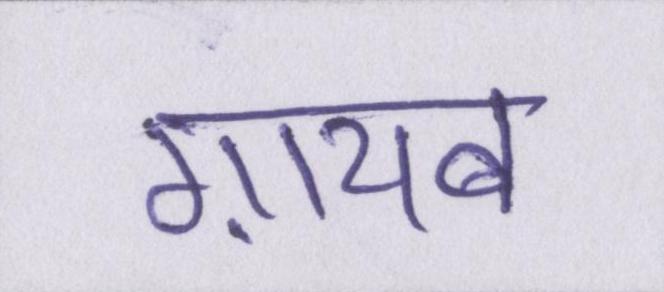
ग़ायब